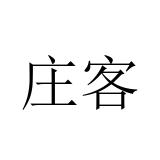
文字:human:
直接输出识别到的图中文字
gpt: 庄客